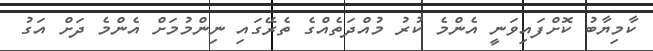
ކާމިޔާބު ކޮށްފައިވަނީ އެންމެ ކުރު މުއްދަތެއްގެ ތެރޭގައި ނިންްމުމަށް އެންމެ ދަށް އަގު